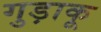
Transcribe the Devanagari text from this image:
गुड़ाकू